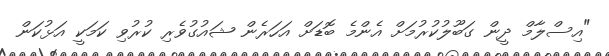
"އިސްލާމް ދީން ގަބޫލުކުރުމަށް އެންމެ ބޮޑަށް އަހަރެން ޝައުގުވެރި ކުރުވި ކަމަކީ އަޅުކަން